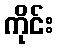
ကိုင်း